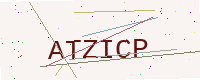
Text: ATZICP